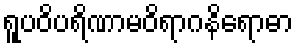
ရူပဝိပရိဏာမဝိရာဂနိရောဓာ